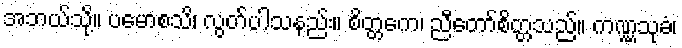
အဘယ်သို့။ ပမောစသိ၊ လွတ်ပါသနည်း။ စိတ္တကေ၊ ညီတော်စိတ္တသည်။ ကဏ္ဏသုခံ၊